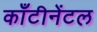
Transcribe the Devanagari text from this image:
काँटीनेंटल